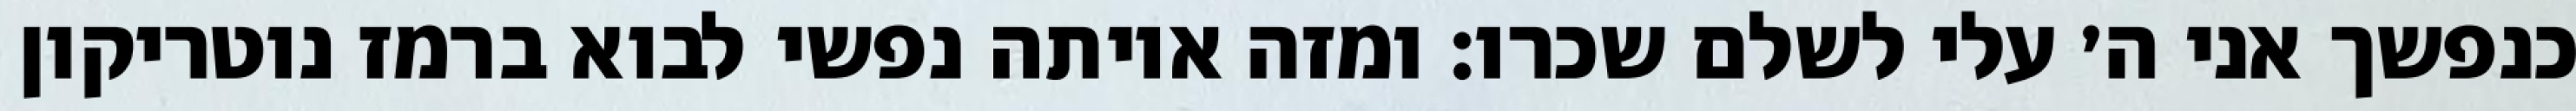
כנפשך אני ה׳ עלי לשלם שכרו: ומזה איותה נפשי לבוא ברמז נוטריקון